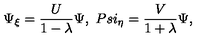
\Psi _ { \xi } = \frac { U } { 1 - \lambda } \Psi , \ P s i _ { \eta } = \frac { V } { 1 + \lambda } \Psi ,